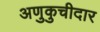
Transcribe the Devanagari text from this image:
अणुकुचीदार